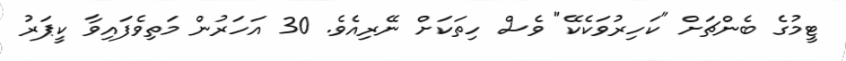
ޓީމުގެ ބެންޗަށް "ކަހިރުވަކެކޭ" ވެސް ހިތަކަށް ނޭރިއެވެ. 30 އަހަރުން މަތިވެފައިވާ ކީޕަރު